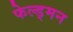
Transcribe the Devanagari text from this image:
फेल्ड्मन